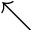
\nwarrow